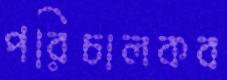
পরিচালকব